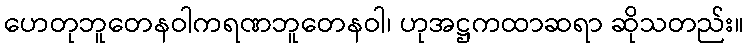
ဟေတုဘူတေနဝါကရဏဘူတေနဝါ၊ ဟုအဋ္ဌကထာဆရာ ဆိုသတည်း။